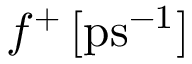
f ^ { + } \, \mathrm { [ p s ^ { - 1 } ] }